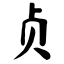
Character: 贞